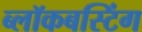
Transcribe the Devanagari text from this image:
ब्लॉकबस्टिंग